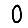
Digit: 0